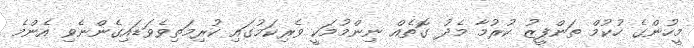
މީހުންގެ ހުކުމް ތަންފީޒު ކުރުމާ މެދު ގޮތެއް ނިންމުމަކީ ވެރިކަމުގައި ކުރިމަތިވެވަޑައިގެންނެވި އެންމެ